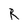
Character: R